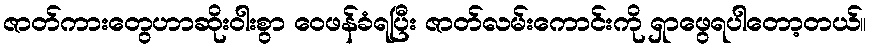
ဇာတ်ကားတွေဟာဆိုးဝါးစွာ ဝေဖန်ခံရပြီး ဇာတ်လမ်းကောင်းကို ရှာဖွေရပါတော့တယ်။